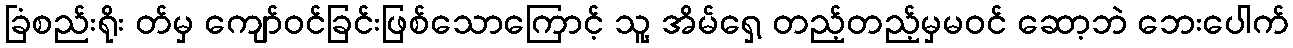
ခြံစည်းရိုး တ်မှ ကျော်ဝင်ခြင်းဖြစ်သောကြောင့် သူ့ အိမ်ရှေ့ တည့်တည့်မှမဝင် ဆော့ဘဲ ဘေးပေါက်